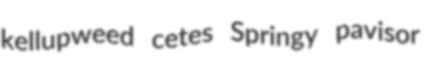
kellupweed cetes Springy pavisor